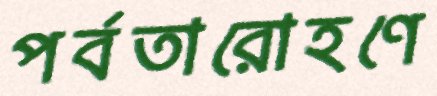
পর্বতারোহণে